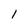
Character: l